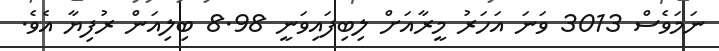
ނަމަވެސް 3013 ވަނަ އަހަރު މީރާއަށް ލިބިފައިވަނީ 8.98 ބިލިއަން ރުފިޔާ އެވެ.